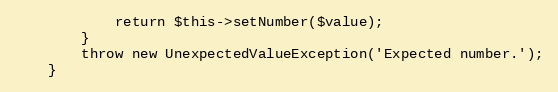
Language: PHP
            return $this->setNumber($value);
        }
        throw new UnexpectedValueException('Expected number.');
    }